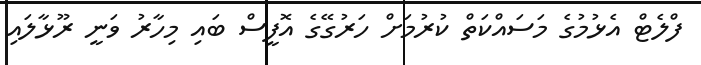
ފްލެޓް އެޅުމުގެ މަސައްކަތް ކުރުމަށް ހަރުގޭގެ އޮފީސް ބައި މިހާރު ވަނީ ރޫޅާލައި